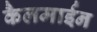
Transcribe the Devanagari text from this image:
कैलमाईन